Statistical return of the lunatic asylum in Assam - 1912-1932
Year: 1912
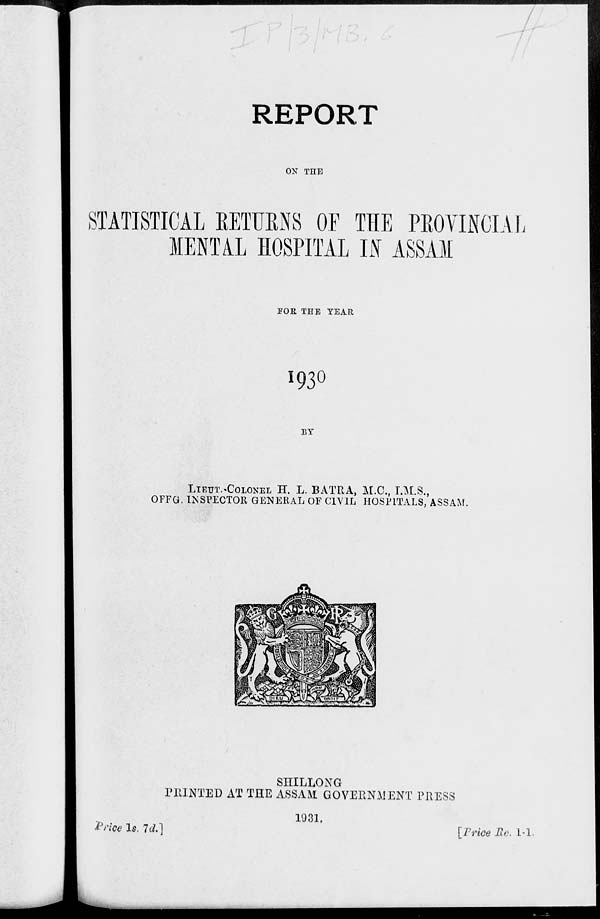
/
REPORT
ON THE
STATISTICAL EETUENS OF THE PEOVINCIAL
MENTAL HOSPITAL IN ASSAM
FOE THE YEAR
I93O
BY
LIEUT.-COLONEL H. L. BATRA, M.C., I.M.S.,
OFFG. INSPECTOR GENERAL OF CIVIL HOSPITALS, ASSAM.
Price Is. Id.]
SHILLONG
PRINTED AT THE ASSAM GOVERNMENT PRESS
1931.
[Price Me, 1-1